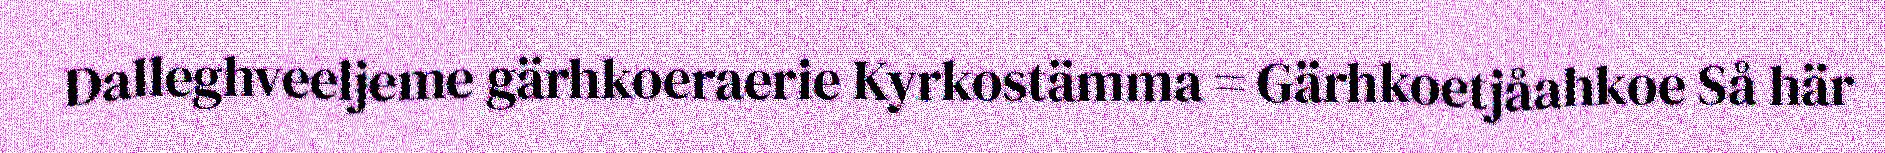
Dalleghveeljeme gärhkoeraerie Kyrkostämma = Gärhkoetjåahkoe Så här